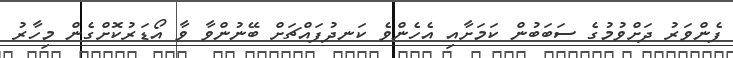
ފެންވަރު ދަށްވުމުގެ ސަބަބުން ކަމަށާއި އެހެންވެ ކަނދުފައްޗަށް ބޭނުންވާ ވާ އޯޑަރުކޮށްގެން މިހާރު